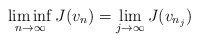
\begin{align*}\liminf_{n \to \infty}J(v_n) = \lim_{j \to \infty}J(v_{n_j})\end{align*}